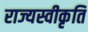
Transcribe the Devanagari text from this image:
राज्यस्वीकृति